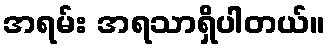
အရမ်း အရသာရှိပါတယ်။